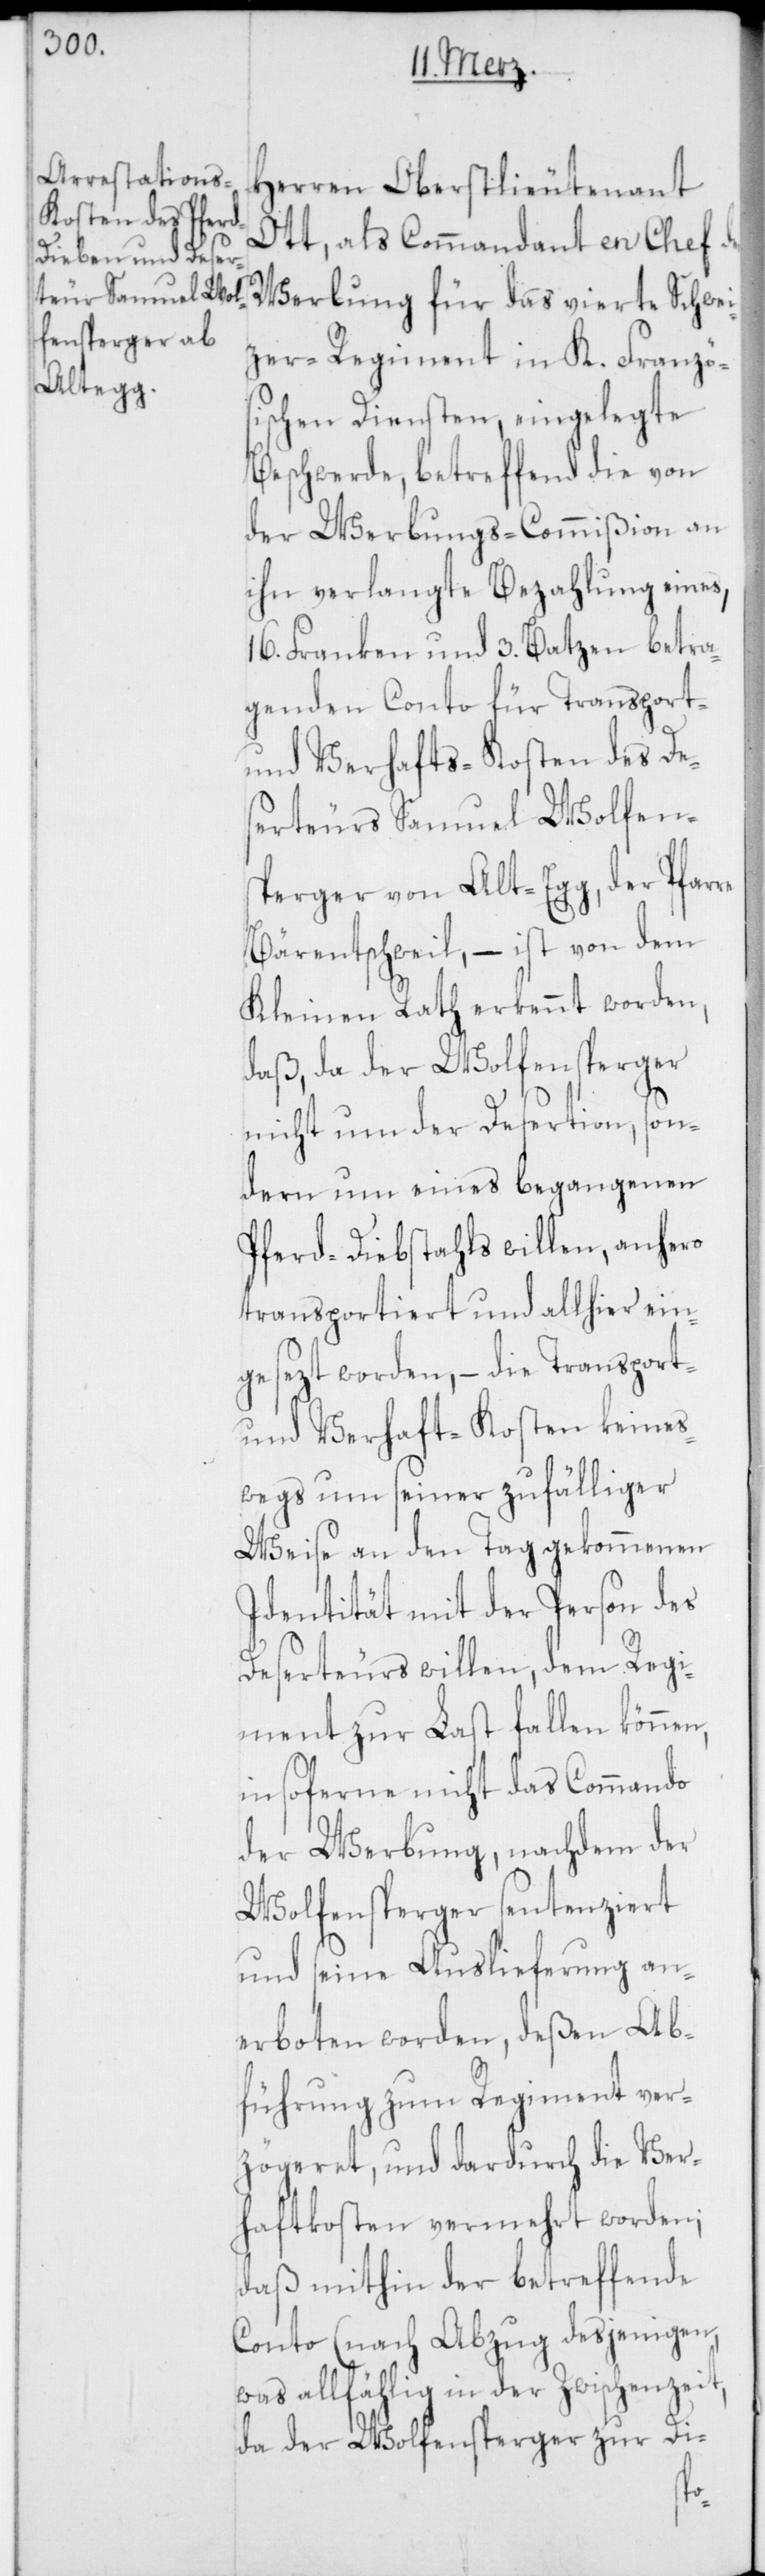
Herren Oberstlieutenant
Ott, als Commandant en Chef
Werbung für das vierte Schwei¬
zer-Regiment in K. Franzö¬
sischen Diensten, eingelegte
Beschwerde, betreffend die von
der Werbungs-Commißion an
ihn verlangte Bezahlung eines,
16. Franken und 3. Batzen betra¬
genden Conto für Transport-
und Verhafts-Kosten des De¬
serteurs Samuel Wolfens¬
perger von Alt-Egg, der Pfarre
Bärentschweil, – ist von dem
Kleinen Rath erkennt worden,
daß, da der Wolfensperger
nicht um der Desertion, son¬
dern um eines begangenen
Pferd-Diebstahls willen, anhero
transportiert und allhier ein¬
gesetzt worden, – die Transport-
und Verhaft-Kosten keines¬
wegs um seiner zufälliger
Weise an den Tag gekommenen
Identität mit der Person des
Deserteurs willen, dem Regi¬
ment zur Last fallen können,
insoferne nicht das Commando
der Werbung, nachdem der
Wolfensperger sentenziert
und seine Auslieferung an¬
erboten worden, deßen Ab¬
führung zum Regiment ver¬
zögeret, und dardurch die Ver¬
haftkosten vermehrt worden;
daß mithin der betreffende
Conto (nach Abzug desjenigen,
was allfählig in der Zwischenzeit,
da der Wolfensperger zur Di-
der